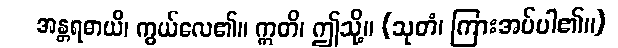
အန္တရဓာယိ၊ ကွယ်လေ၏။ ဣတိ၊ ဤသို့။ (သုတံ၊ ကြားအပ်ပါ၏။)